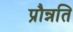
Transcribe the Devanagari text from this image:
प्रौन्नति